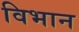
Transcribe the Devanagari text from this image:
विभान